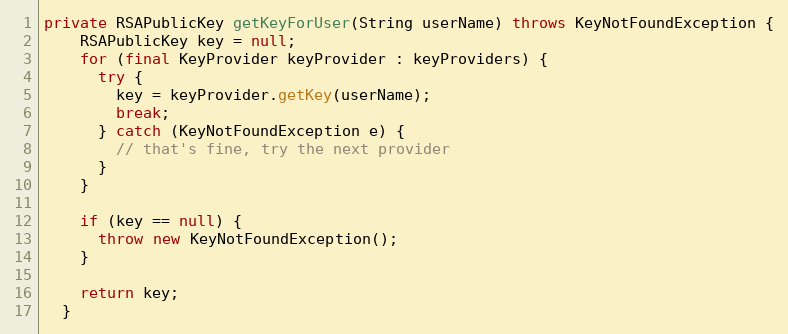
Language: Java
private RSAPublicKey getKeyForUser(String userName) throws KeyNotFoundException {
    RSAPublicKey key = null;
    for (final KeyProvider keyProvider : keyProviders) {
      try {
        key = keyProvider.getKey(userName);
        break;
      } catch (KeyNotFoundException e) {
        // that's fine, try the next provider
      }
    }

    if (key == null) {
      throw new KeyNotFoundException();
    }

    return key;
  }